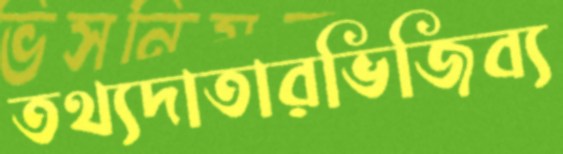
তথ্যদাতারভিজিব্য